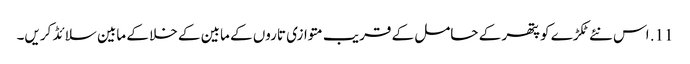
11. اس نئے ٹکڑے کو پتھر کے حامل کے قریب متوازی تاروں کے مابین کے خلا کے مابین سلائڈ کریں۔